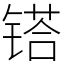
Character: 𨱏